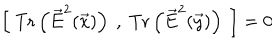
LaTeX: \left[ ~ \mathrm { T r } \left( { \vec { E } } ^ { 2 } ( \vec { x } ) \right) ~ , ~ \mathrm { T r } \left( { \vec { E } } ^ { 2 } ( \vec { y } ) \right) ~ \right] = 0